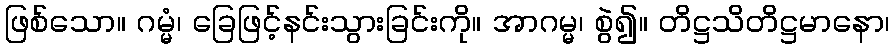
ဖြစ်သော။ ဂမ္မံ၊ ခြေဖြင့်နင်းသွားခြင်းကို။ အာဂမ္မ၊ စွဲ၍။ တိဋ္ဌသိတိဋ္ဌမာနော၊